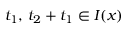
\, t _ { 1 } , \, t _ { 2 } + t _ { 1 } \in I ( x )